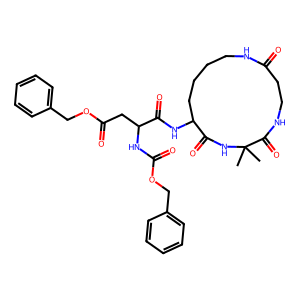
SMILES: CC1(C)NC(=O)C(NC(=O)C(CC(=O)OCc2ccccc2)NC(=O)OCc2ccccc2)CCCCNC(=O)CCNC1=O
Inhibits HIV replication: No